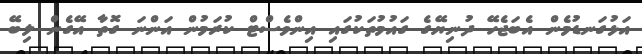
އަޅުގަނޑުމެން އެބަޖެހޭ ދުނިޔޭގެ ގައުމުތަކުގައި އިންވެސްޓް ކުރަމުން އަންނަ ގޮތާ އޭގެން ލިބޭ